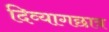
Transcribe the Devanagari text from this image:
दिव्यागछात्र